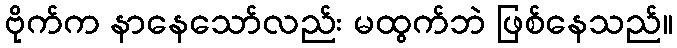
ဗိုက်က နာနေသော်လည်း မထွက်ဘဲ ဖြစ်နေသည်။